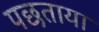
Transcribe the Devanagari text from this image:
पछताया